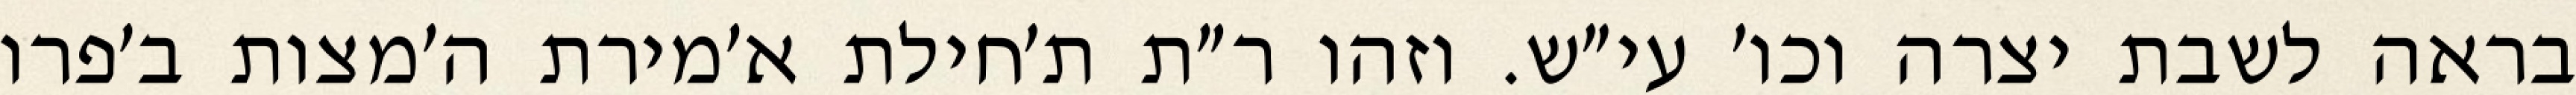
בראה לשבת יצרה וכו׳ עי״ש. וזהו ר״ת ת׳חילת א׳מירת ה׳מצות ב׳פרו